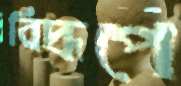
বিদ্রূপে